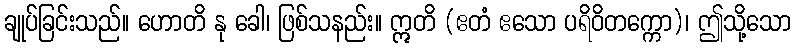
ချုပ်ခြင်းသည်။ ဟောတိ နု ခေါ၊ ဖြစ်သနည်း။ ဣတိ (ဧတံ ဧသော ပရိဝိတက္ကော)၊ ဤသို့သော